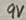
Text: 9V